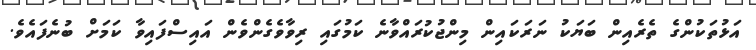
އަޅުތަކުންގެ ތެރެއިން ބަޔަކު ނަރަކައިން މިންޖުކުރައްވާނެ ކަމުގައި ރިވާވެގެންވެން އައިސްފައިވާ ކަމަށް ބުނެފައެވެ.